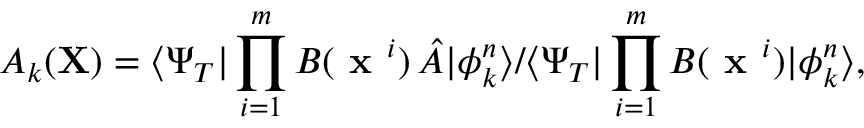
A _ { k } ( { \mathbf X } ) = \langle \Psi _ { T } | \prod _ { i = 1 } ^ { m } B ( \textbf { x } ^ { i } ) \, \hat { A } | \phi _ { k } ^ { n } \rangle / \langle \Psi _ { T } | \prod _ { i = 1 } ^ { m } B ( \textbf { x } ^ { i } ) | \phi _ { k } ^ { n } \rangle ,